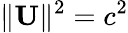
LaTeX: \| \mathbf{U}\| ^{2}=c^{2}